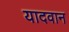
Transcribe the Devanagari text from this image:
यादवान